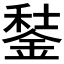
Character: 𨧭